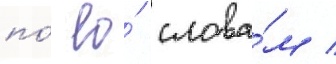
по́ ео́ слова́м /